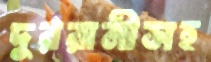
দুররানীসহ